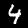
Label: 4